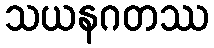
သယနဂတဿ